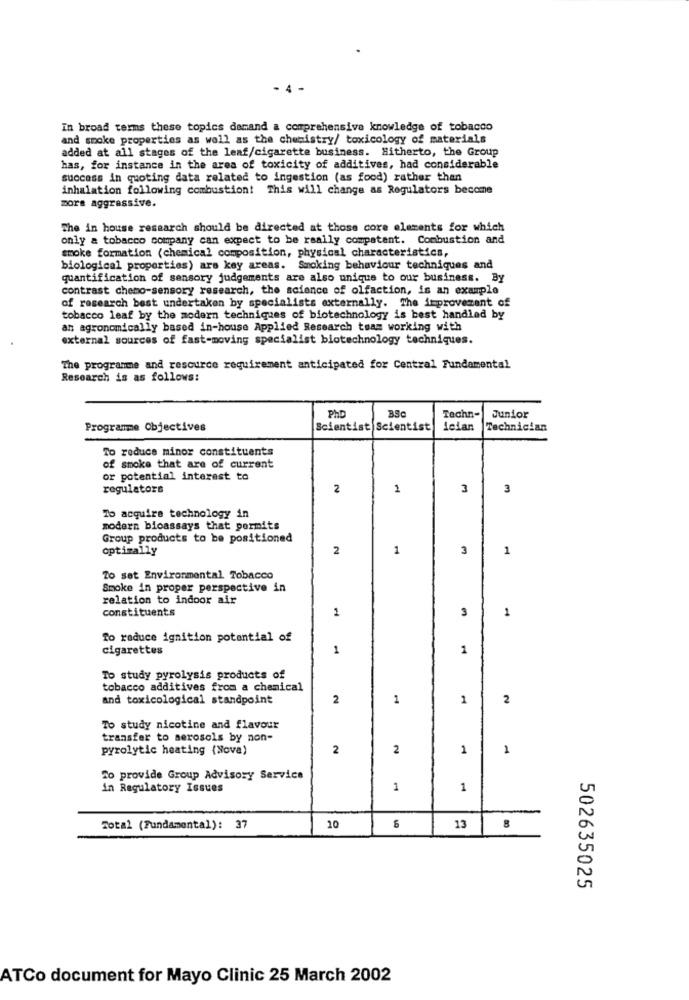
-
In broad terms these topics damand a comprehensive knowledge of tobacco
and smoke properties as well as the chemistry/ toxicology of materials
added at all stages of the leaf/cigarette business. Hitherto, the Group
has, for instance in the area of toxicity of additives, had considerable
success in quoting data related to ingestion (as food) rather than
inhalation following combustion! This will change as Regulators become
more aggressive.
The in house research should be directed at those core elements for which
only a tobacco company can expect to be really compatent. Combustion and
smoke formation (chemical composition, physical characteristics,
biological properties) ars key areas. Smoking behaviour techniques and
quantification of sensory judgements are also unique to our business. By
contrast chemo-sensory research, the science of olfaction, is an example
of research best undertaken by specialists externally. The improvement of
tobacco leaf by the modern techniques of biotechnology is best handled by
an agronomically based in-house Applied Research team working with
external sources of fast-moving specialist biotechnology techniques.
The programme and resource requirement anticipated for Central Fundamental
Research is as follows:
PHD
BSC
Techn-
Junior
Programme Objectives
Scientist Scientist
leian
Technician
To reduce minor constituents
of smoke that are of current
or potential interest to
regulators
2
2
3
3
To acquire technology in
modern bicassays that permits
Group products to be positioned
optimally
2
1
3
1
Zo set Environmental Tobacco
Smoke in proper perspective in
relation to indoor air
constituents
2
3
1
To reduce ignition potential of
cigarettes
1
1
To study pyrolysis products of
tobacco additives from a chemical
and toxicological standpoint
2
1
1
2
To study nicotine and flavour
transfer to aerosols by non-
pyrolytic heating (Nova)
2
2
1
1
To provide Group Advisory Service
in Regulatory Issues
1
1
-
Total (Fundamental): 37
10
13
502635025
ATCo document for Mayo Clinic 25 March 2002